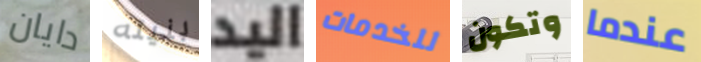
دايان بنيته اليد للخدمات وتكون عندما